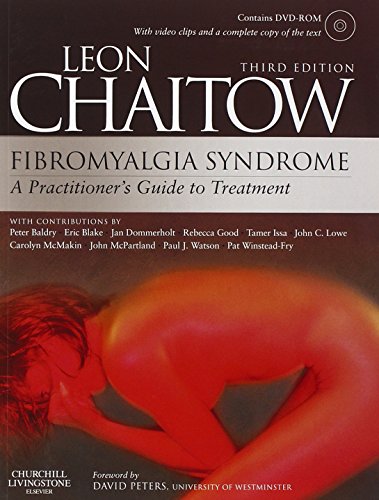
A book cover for Fibromyalgia Syndrome: A Practitioners Guide to Treatment, 3e; Leon Chaitow ND  DO (UK); Health, Fitness & Dieting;